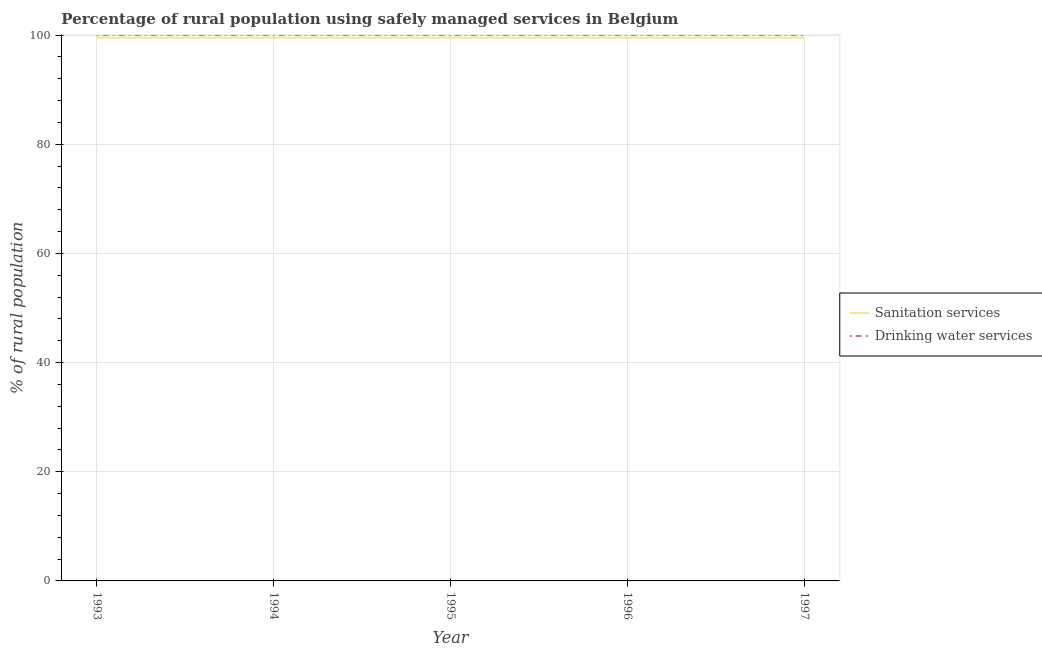
| Year | Sanitation services | Drinking water services |
 | --- | --- | --- |
 | 1993 | 99.5 | 100 |
 | 1994 | 99.5 | 100 |
 | 1995 | 99.5 | 100 |
 | 1996 | 99.5 | 100 |
 | 1997 | 99.5 | 100 |